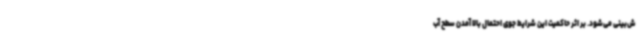
ش‌بینی می‌شود. بر اثر حاکمیت این شرایط جوی احتمال بالا آمدن سطح آب